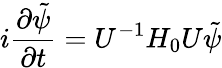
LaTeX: i\frac{\partial\tilde{\psi}}{\partial t}=U^{-1}H_{0}U\tilde{\psi}